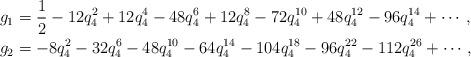
LaTeX: \begin{align*} g_1 &= \frac 12 -12q_4^2+12q_4^4-48q_4^6+12q_4^8-72q_4^{10}+48q_4^{12} -96q_4^{14}+\cdots,\\ g_2 &= -8q_4^2-32q_4^6-48q_4^{10}-64q_4^{14}-104q_4^{18}-96q_4^{22}-112q_4^{26} + \cdots,\end{align*}